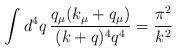
LaTeX: \begin{align*}\int d^4q\,\frac{q_\mu (k_\mu+q_\mu)}{(k+q)^4 q^4} = \frac{\pi^2}{k^2}\end{align*}